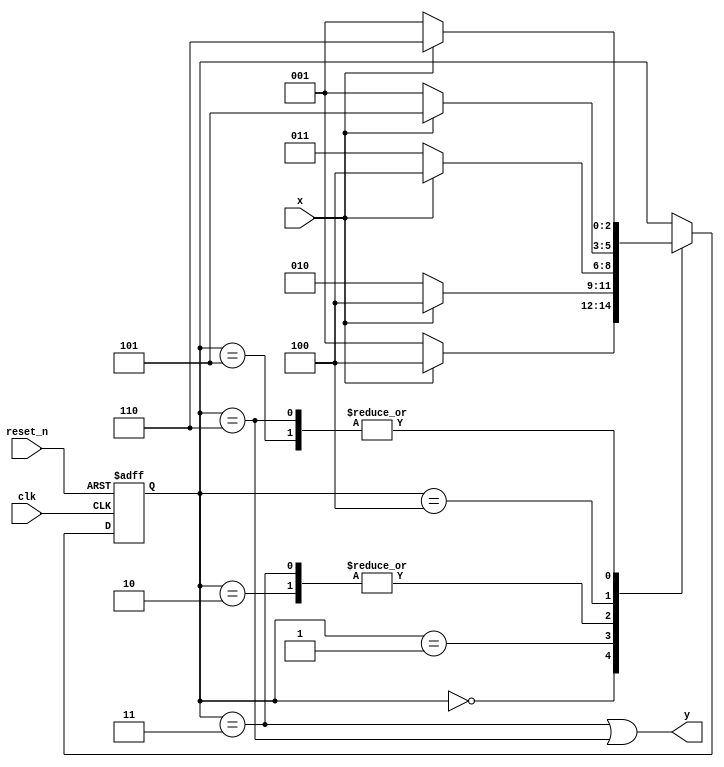
`timescale 1ns / 1ps

module conseq_sequence(
input clk,
    input reset_n,
    input x,
    output y
    );
    
    reg [2:0] state_reg, state_next;
    localparam s0 = 0;
    localparam s1 = 1;
    localparam s2 = 2;
    localparam s3 = 3;
    localparam s4 = 4;
    localparam s5 = 5;
    localparam s6 = 6;
    
    // State register
    always @(posedge clk, negedge reset_n)
    begin
        if (~reset_n)
            state_reg <= s0;
        else
            state_reg <= state_next;
    end
    
    // Next state logic
    always @(*)
    begin
        case(state_reg)
            //000 detector
            s0: if(x)
                    state_next = s4;
                else
                    state_next = s1;                
            s1: if(x)
                    state_next = s4;
                else
                    state_next = s2;                 
            s2: if(x)
                    state_next = s4;
                else
                    state_next = s3; 
            s3: if(x)
                    state_next = s4;
                else
                    state_next = s3;
                    
            //111 detector
            s4: if(x)
                    state_next = s5;
                else
                    state_next = s1;                
            s5: if(x)
                    state_next = s6;
                else
                    state_next = s1;                 
            s6: if(x)
                    state_next = s6;
                else
                    state_next = s1;
            default: state_next = state_reg;            
        endcase
    end
    
    // Output logic
    assign y = (state_reg == s3)| (state_reg == s6);
    
endmodule